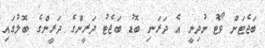
ބަޖެޓަށް ވޯޓު ނުދިނީ އެ ދަރަނި ބޮޑު ބަޖެޓު ދަރީންގެ ދަރީންގެ ބޮލުގައި